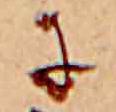
に